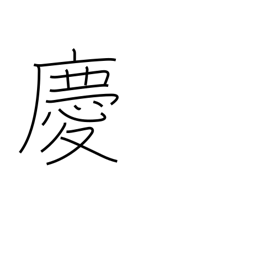
Meaning: congratulate